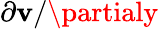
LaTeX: \partial\mathbf{v}/\partialy